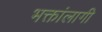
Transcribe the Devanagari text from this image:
भक्तांलागी